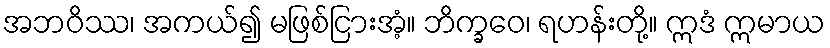
အဘဝိဿ၊ အကယ်၍ မဖြစ်ငြားအံ့။ ဘိက္ခဝေ၊ ရဟန်းတို့။ ဣဒံ ဣမာယ